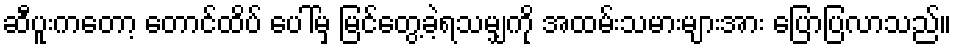
ဆီပူးကတော့ တောင်ထိပ် ပေါ်မှ မြင်တွေ့ခဲ့ရသမျှကို အထမ်းသမားများအား ပြောပြလာသည်။